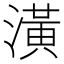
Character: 潢